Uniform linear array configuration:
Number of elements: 16
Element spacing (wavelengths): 0.75
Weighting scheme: kaiser
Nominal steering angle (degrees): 60
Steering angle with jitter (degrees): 60.828
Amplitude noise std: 0.05
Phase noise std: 0.05

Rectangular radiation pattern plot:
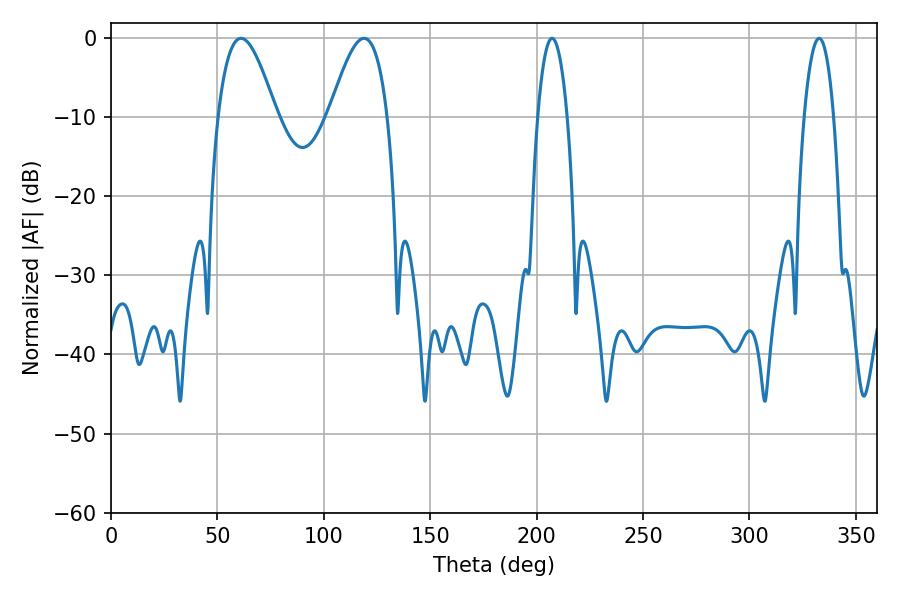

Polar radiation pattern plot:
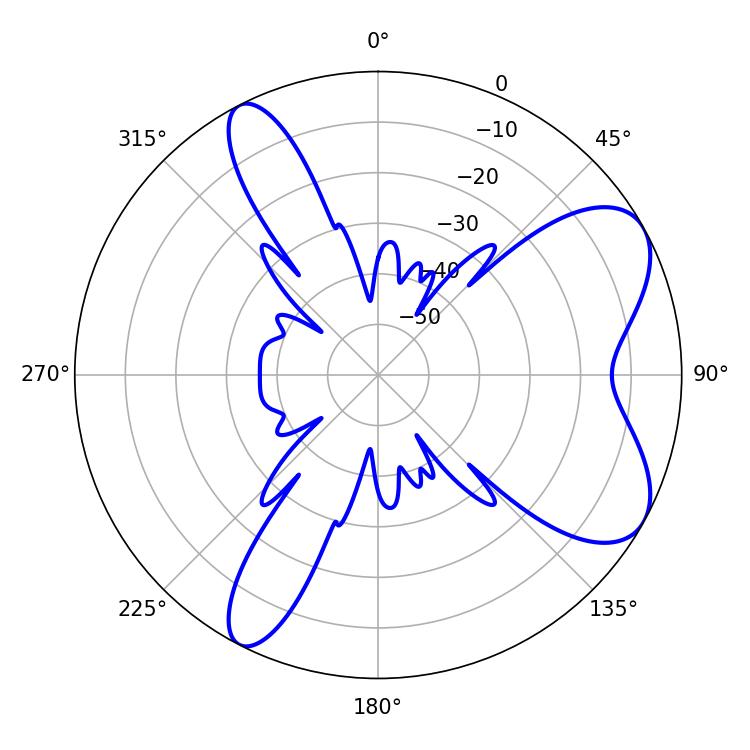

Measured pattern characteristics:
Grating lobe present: TRUE
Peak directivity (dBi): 7.198
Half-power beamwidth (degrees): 14.94
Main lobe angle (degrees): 61.02